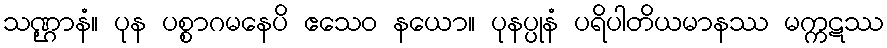
သဏ္ဌာနံ။ ပုန ပစ္စာဂမနေပိ ဧသေဝ နယော။ ပုနပ္ပုနံ ပရိပါတိယမာနဿ မက္ကဋဿ